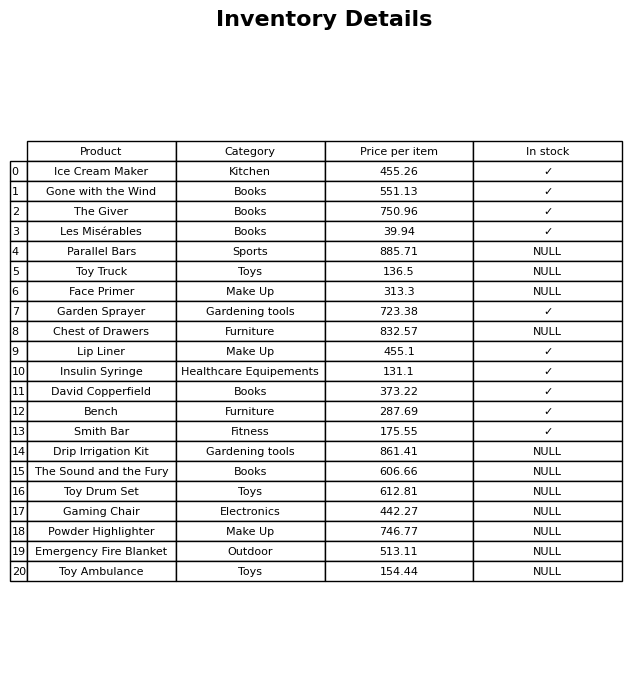
question: What is the stock status of the The Giver?
answer: ✓